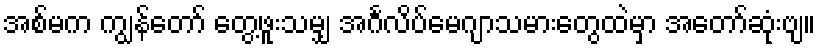
အစ်မက ကျွန်တော် တွေ့ဖူးသမျှ အင်္ဂလိပ်မေဂျာသမားတွေထဲမှာ အတော်ဆုံးဗျ။